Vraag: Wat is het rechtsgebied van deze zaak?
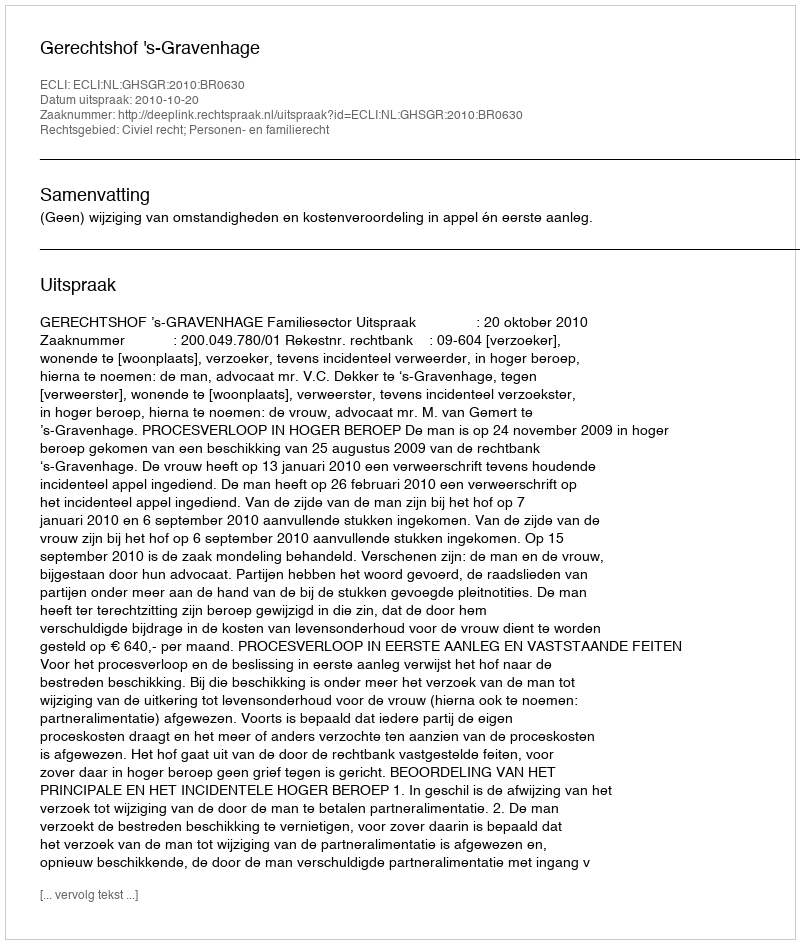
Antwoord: Civiel recht; Personen- en familierecht